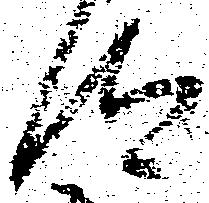
汰